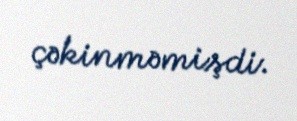
çəkinməmişdi.